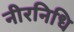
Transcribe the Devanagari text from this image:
नीरनिधि